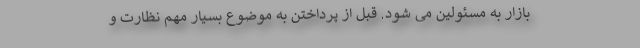
بازار به مسئولین می شود. قبل از پرداختن به موضوع بسیار مهم نظارت و